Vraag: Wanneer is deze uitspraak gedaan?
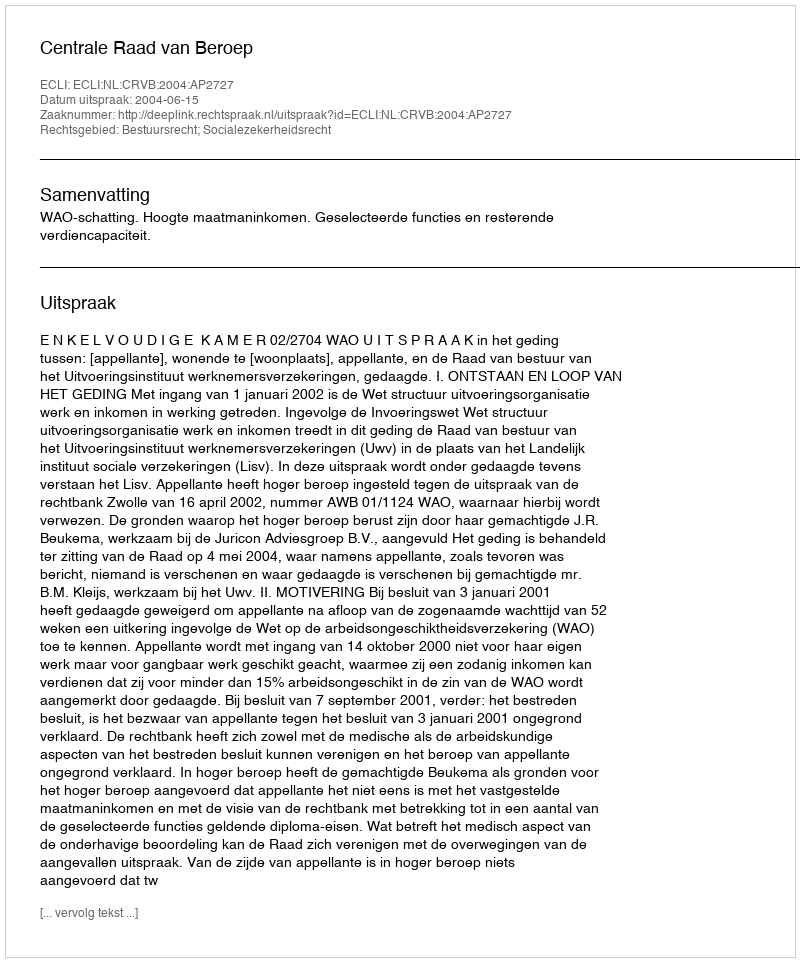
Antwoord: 2004-06-15